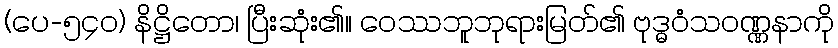
(ပေ-၅၄၀) နိဋ္ဌိတော၊ ပြီးဆုံး၏။ ဝေဿဘူဘုရားမြတ်၏ ဗုဒ္ဓဝံသဝဏ္ဏနာကို